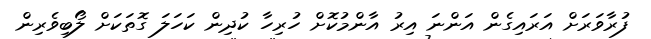
ފުރާވަރަށް އަރައިގެން އަންނަ އިރު އާންމުކޮށް ހުރިހާ ކުދިން ކަހަލަ ގޮތަކަށް ލޯބިވެރިން